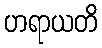
ဟရာယတိ